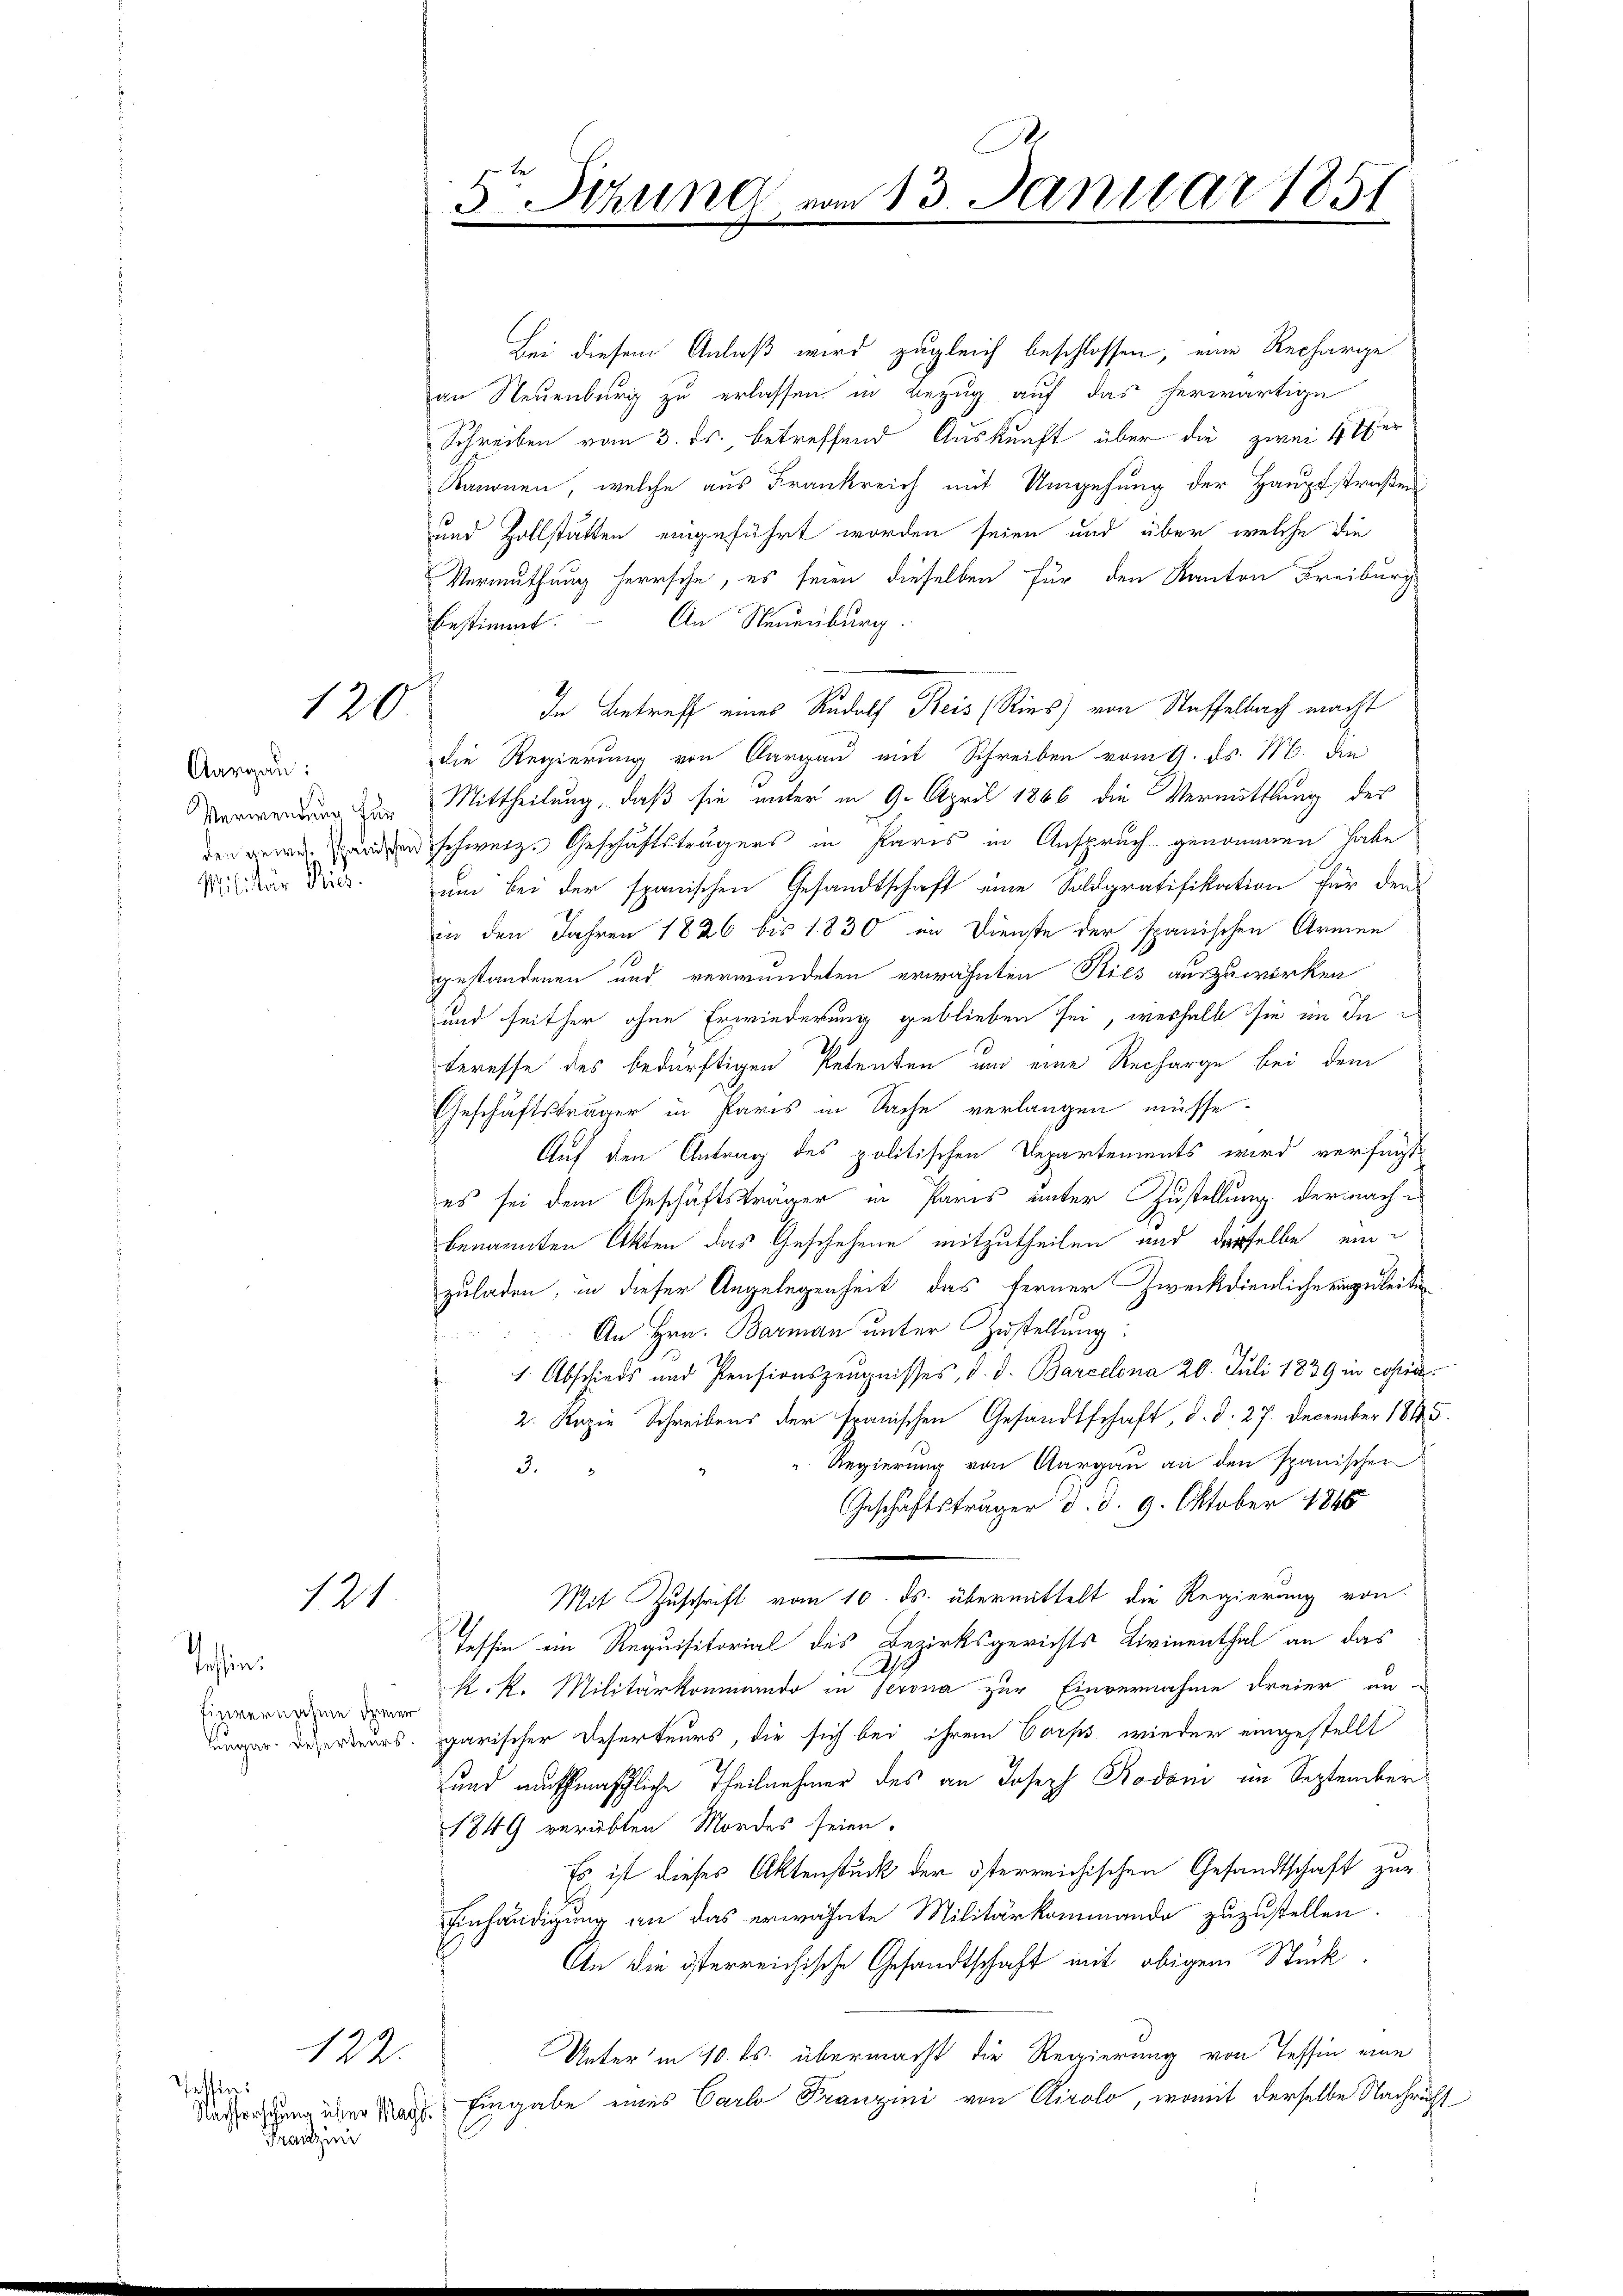
Aargau:
Militär- Ries

120.

121

esien.
Einvernahme dener

Tessin:
Franzini

122.

e
5te Sitzung vom 13. Januar 1851

Bei diesem Anlaß wird zugleich beschlossen, eine Recharge
an Neuenburg zu erlassen in Bezug auf das herwärtige
Schreiben vom 3. ds., betreffend Auskunft über die zwei 4 Pfer
Kanonen, welche aus Frankreich mit Umgehung der Hauptstraßen
und Zollstatten eingeführt worden seien und über welche die
Vermuthung herrsche, es seien dieselben für den Kanton Freiburg
An Neuenburg.
bestimmt.
In Betreff eines Rudolf Breis (Ries) von Staffelbach macht
die Regierung von Aargau mit Schreiben vom 9. ds. M. die
verwendung zum Mittheilung, daß sie unter in 9. April 1866 die Vermittlung der
den gewenden schweiz. Geschäftsträgers in Paris in Anspruch genommen habe
um bei der spanischen Gesandtschaft eine Soldgratifikation für den
in den Jahren 1826 bis 1830 im Dienste der spanischen Armen
gestandenen und verwundeten erwähnten Kies auszuwirken
und seither ohne Erwiederung geblieben sei, weshalb sie im In
2
teresse des bedürftigen Petenten und eine Recharge bei dem
Geschäftsträger in Paris in Sache verlangen müsse.
Auf den Antrag des politischen Departements wird verfügt
es sei dem Geschäftsträger in Paris unter Zustellung der machbenannten Akten das Geschehene mitzutheilen und derselbe eine
zuladen, in dieser Angelegenheit das ferner Zweckdienliche eingeleiten
An Hrn. Barman unter Zustellung:
h
 1. Abschieds und Pensionszeugnisses, d. d. Barcelona 20. Juli 1839 in corri¬
2. Rozie Schreibens der spanischen Gesandtschaft, d. d. 27. December 1848.
Regierung von Aargau an den spanischen
3.
Geschäftsträger d. d. 9. Oktober 1848
Mit Zuschrift vom 10. ds. übermittelt die Regierung von
Tessin ein Requisitorial des Bezirksgerichts Livinenthal an das
.
k. k. Militärkommando in serona zur Einvernahme dreier uner. Dierteurs garischer Deserteurs, die sich bei ihrem Corps wieder eingestellt
sund nachmaschliche Theilnehmer des an Joseph Rodoni im September
1849 verübten Mordes seien.
Es ist dieses Aktenstück der österreichischen Gesandtschaft zur
Einhändigung an das erwähnte Militärkommando zuzustellen.
An die österreichische Gesandtschaft mit obigem Stück.
Unter in 10. ds. übermacht die Regierung von Tessin eine
Nachforschung einer Nach Eingabe eines Carlo Franzini von Airolo, womit derselbe Nachricht